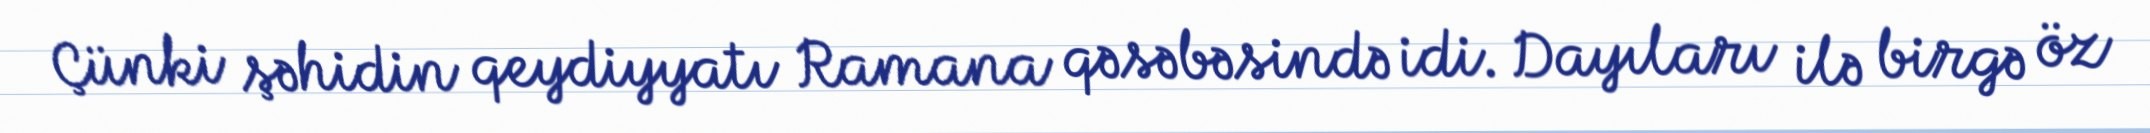
Çünki şəhidin qeydiyyatı Ramana qəsəbəsində idi. Dayıları ilə birgə öz